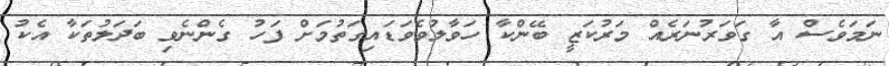
ނަމަވެސް އާ ގަވަރުނަރެއް މަރުކަޒީ ބޭންކާ ހަވާލުވެވަޑައިގަތުމަށް ފަހު ގެންނެވި ބަދަލުތަކާ އެކު